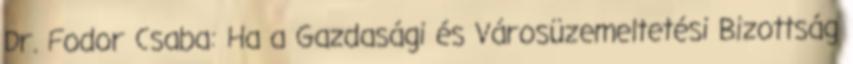
Dr. Fodor Csaba: Ha a Gazdasági és Városüzemeltetési Bizottság